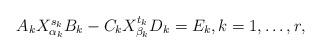
LaTeX: \begin{align*}\begin{array}{l}A_kX_{\alpha_k}^{s_k}B_k-C_kX_{\beta_k}^{t_k}D_k=E_k,k=1,\ldots,r,\end{array}\end{align*}